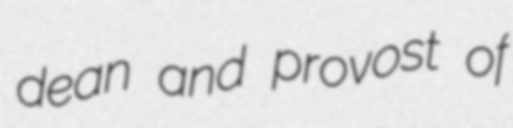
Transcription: dean and provost of